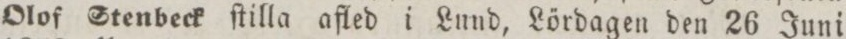
Olof Stenbeck ſtilla afled i Lund, Lördagen den 26 Juni